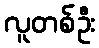
လူတစ်ဦး